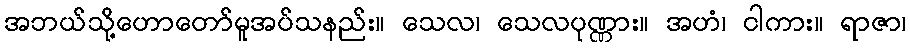
အဘယ်သို့ဟောတော်မူအပ်သနည်း။ သေလ၊ သေလပုဏ္ဏား။ အဟံ၊ ငါကား။ ရာဇာ၊